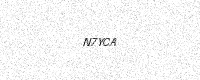
Text: N7YCA